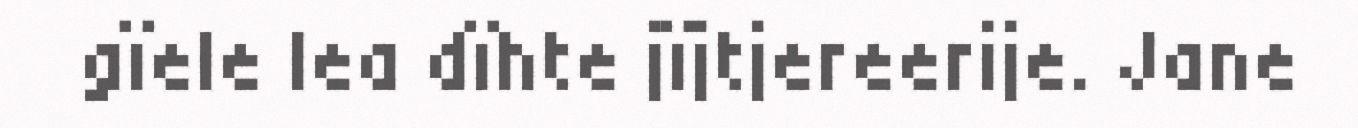
gïele lea dïhte jïjtjereerije. Jane